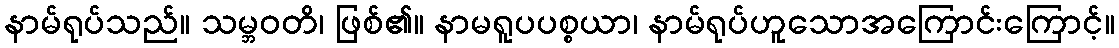
နာမ်ရုပ်သည်။ သမ္ဘဝတိ၊ ဖြစ်၏။ နာမရူပပစ္စယာ၊ နာမ်ရုပ်ဟူသောအကြောင်းကြောင့်။